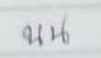
บน